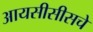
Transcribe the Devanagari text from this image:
आयसीसीसचे